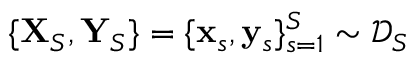
\{ \mathbf { X } _ { S } , \mathbf { Y } _ { S } \} = \{ \mathbf { x } _ { s } , \mathbf { y } _ { s } \} _ { s = 1 } ^ { S } \sim \mathcal { D } _ { S }